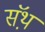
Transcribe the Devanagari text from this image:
सॅथ़